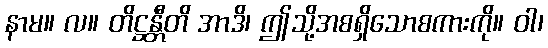
နာမ။ လ။ တိဋ္ဌန္တီတိ အာဒိ၊ ဤသို့အစရှိသောစကားကို။ ဝါ၊